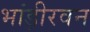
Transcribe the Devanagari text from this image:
भांड़ीरवन